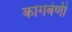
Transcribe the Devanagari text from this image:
कागबेणी